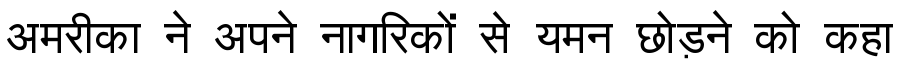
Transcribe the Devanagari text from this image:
अमरीका ने अपने नागरिकों से यमन छोड़ने को कहा